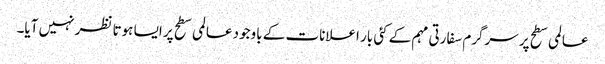
عالمی سطح پر سرگرم سفارتی مہم کے کئی بار اعلانات کے باوجود عالمی سطح پر ایسا ہوتا نظر نہیں آیا۔